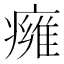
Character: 㿈